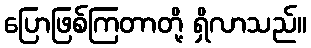
ပြောဖြစ်ကြတာတို့ ရှိလာသည်။